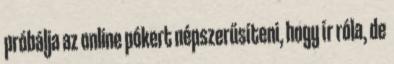
próbálja az online pókert népszerűsíteni, hogy ír róla, de